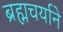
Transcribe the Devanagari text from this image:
ब्रह्मचर्याने